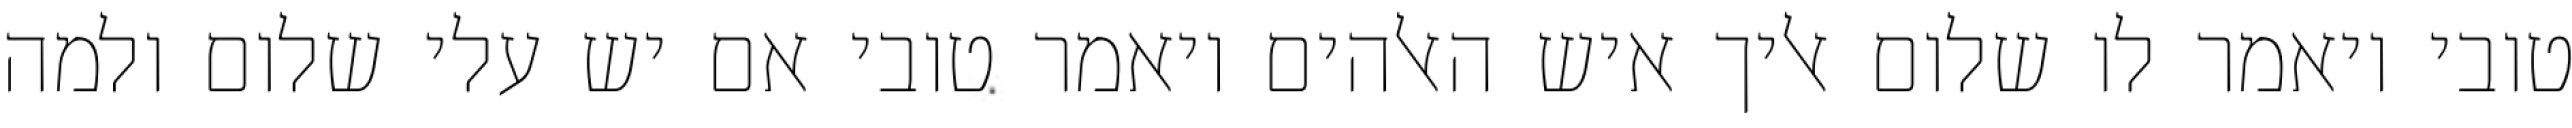
טובי ויאמר לו שלום אליך איש האלהים ויאמר טובי אם יש עלי שלום ולמה